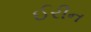
ઈરીન